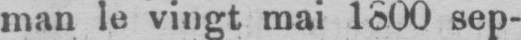
man le vingt mai 1800 sep-